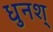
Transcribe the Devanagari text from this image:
धुनश्